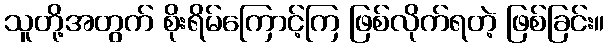
သူတို့အတွက် စိုးရိမ်ကြောင့်ကြ ဖြစ်လိုက်ရတဲ့ ဖြစ်ခြင်း။